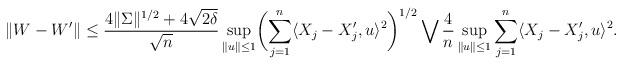
LaTeX: \begin{align*}\|W-W'\|\leq \frac{4\|\Sigma\|^{1/2}+4\sqrt{2\delta}}{\sqrt{n}}\sup_{\|u\|\leq 1}\biggl(\sum_{j=1}^n \langle X_j-X_j',u\rangle^2\biggr)^{1/2} \bigvee\frac{4}{n}\sup_{\|u\|\leq 1}\sum_{j=1}^n \langle X_j-X_j',u\rangle^2.\end{align*}